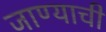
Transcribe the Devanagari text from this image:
जाण्‍याची